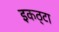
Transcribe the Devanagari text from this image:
इकठ्‌टा